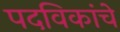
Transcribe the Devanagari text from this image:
पदविकांचे